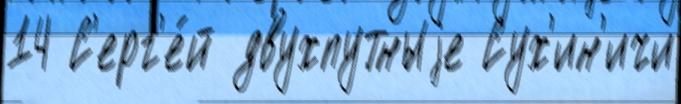
14 С'ерг'е́й двухпутныjе Сух'ин'ичи